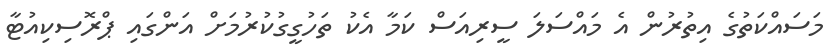
މަސައްކަތުގެ އިތުރުން އެ މައްސަލަ ސީރިއަސް ކަމާ އެކު ތަހުގީގުކުރުމަށް އަންގައި ޕްރޮސިކިއުޓާ